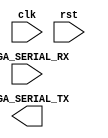

module MIPS150(
    input clk, rst,
    input FPGA_SERIAL_RX,
    output FPGA_SERIAL_TX
);

// Use this as the top-level module for your CPU. You
// will likely want to break control and datapath out
// into separate modules that you instantiate here.



endmodule